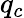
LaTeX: q_{c}